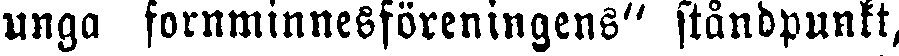
unga fornminnesföreningens" ståndpunkt,